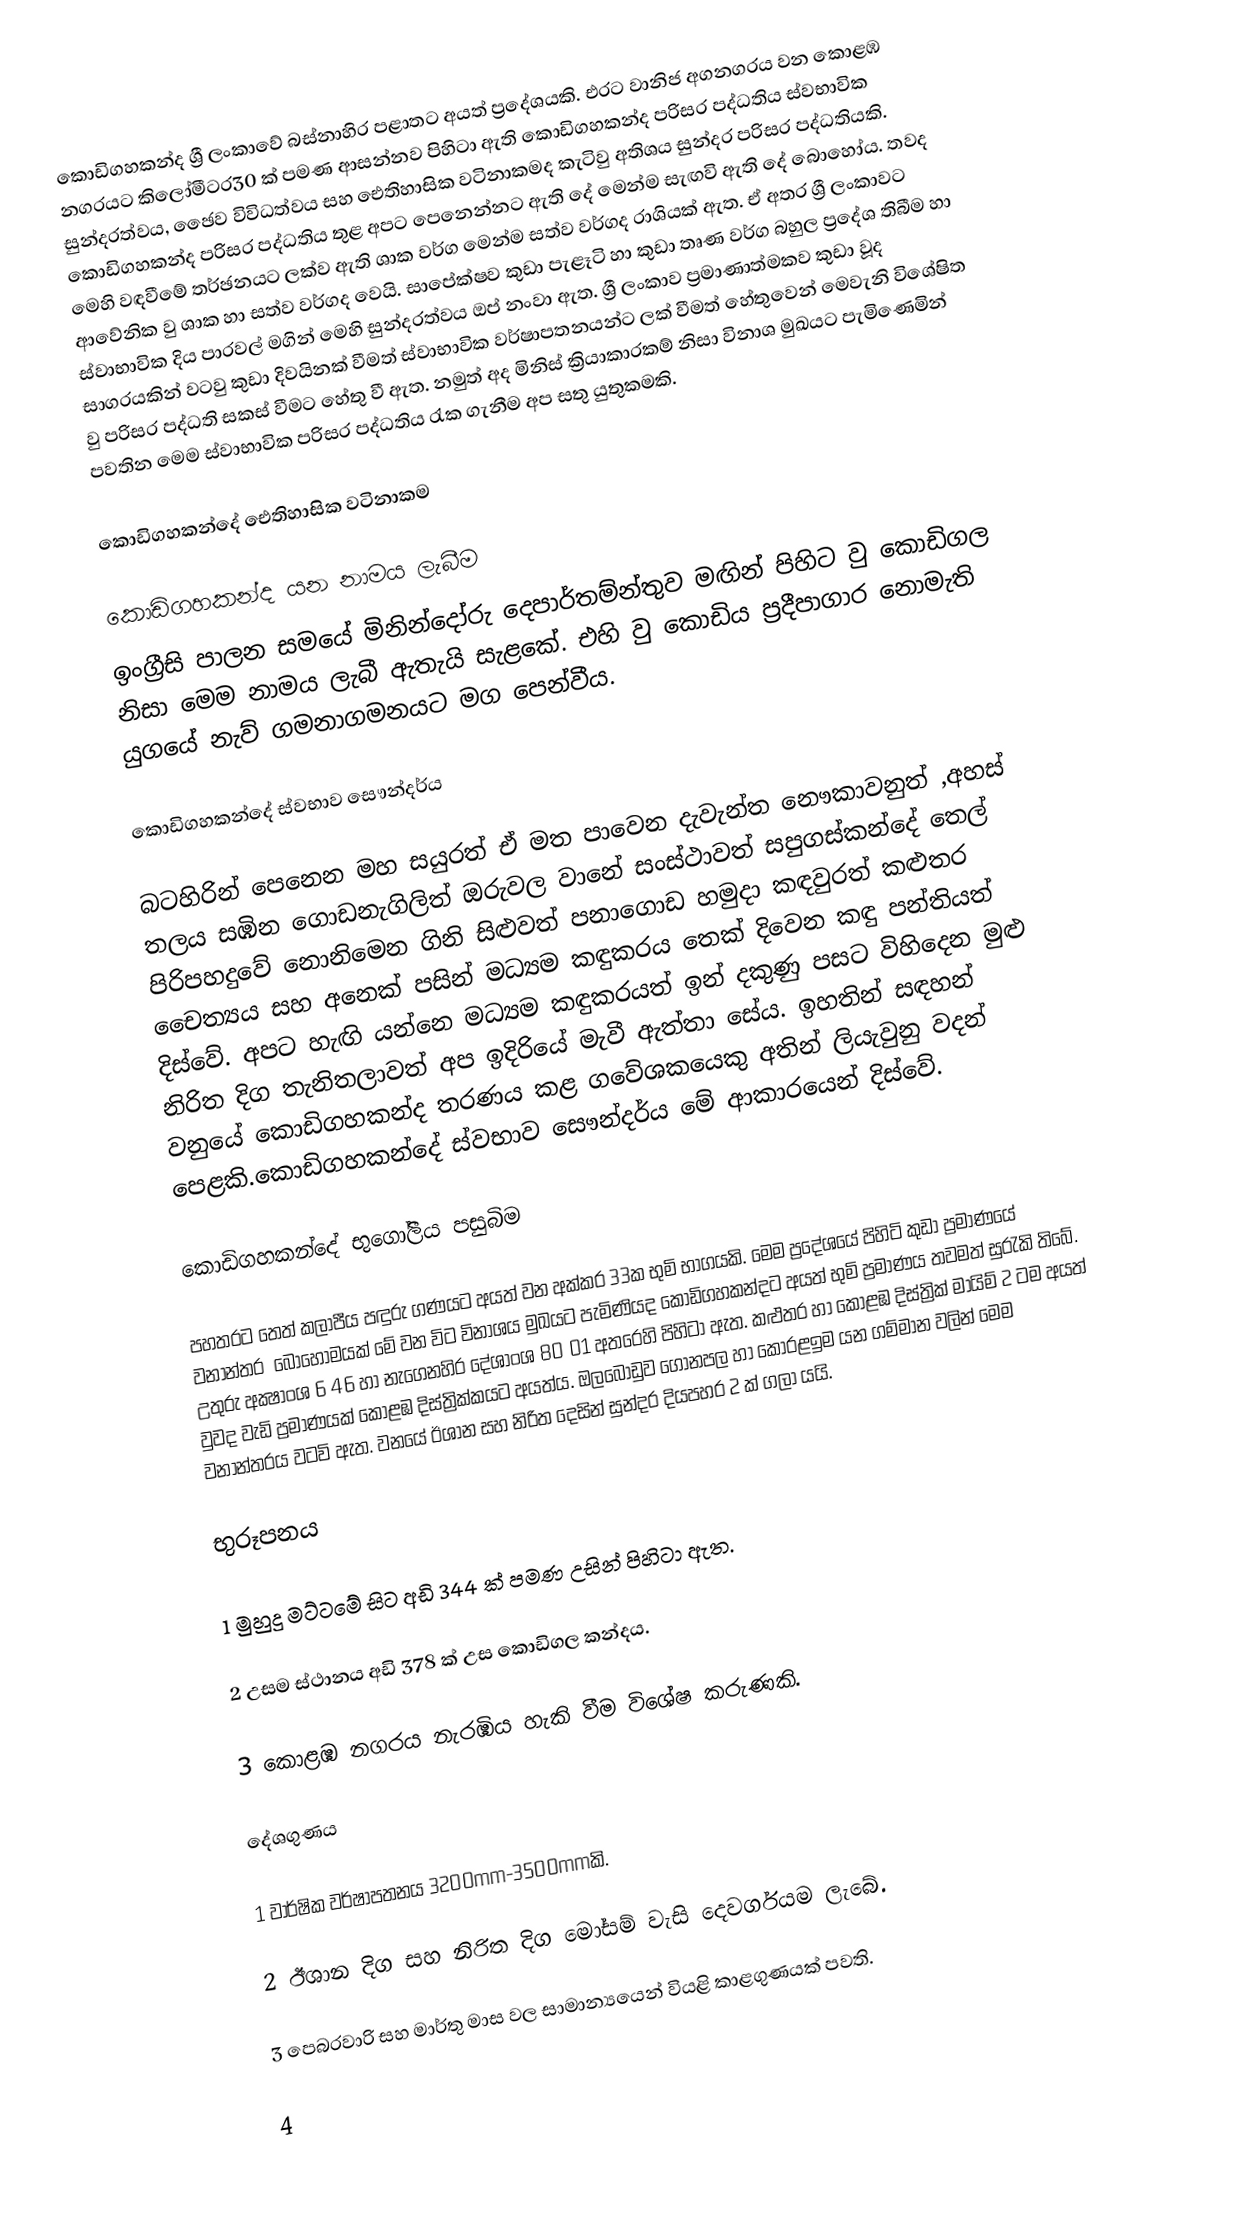
කොඩිගහකන්ද ශ්‍රී ලංකාවේ බස්නාහිර පළාතට අයත් ප්‍රදේශයකි. එරට වානිජ අගනගරය වන කොළඹ නගරයට කිලෝමීටර30 ක් පමණ ආසන්නව පිහිටා ඇති කොඩිගහකන්ද පරිසර පද්ධතිය ස්වභාවික සුන්දරත්වය, ඡෛව විවිධත්වය සහ ‍ඓතිහාසික  වටිනාකමද කැටිවු අතිශය සුන්දර පරිසර පද්ධතියකි. කොඩිගහකන්ද පරිසර පද්ධතිය තුළ අපට පෙනෙන්නට ඇති දේ මෙන්ම සැඟවි ඇති දේ  බොහෝය. තවද මෙහි වඳවීමේ  තර්ඡනයට ලක්ව ඇති ශාක වර්ග මෙන්ම සත්ව වර්ගද රාශියක් ඇත. ඒ අතර ශ්‍රී ලංකාවට ආවේනික වු  ශාක හා සත්ව වර්ගද වෙයි. සාපේක්ෂව කුඩා පැළෑටි ‍හා කුඩා තෘණ වර්ග බහුල ප්‍රදේශ තිබීම හා ස්වාභාවික  දිය පාරවල් මගින් මෙහි සුන්දරත්වය ඔප් නංවා ඇත. ශ්‍රී ලංකාව ප්‍රමාණාත්මකව  කුඩා වූද සාගරයකින් වටවු කුඩා දිවයිනක් වීමත් ස්වාභාවික වර්ෂාපතනයන්ට  ලක් වීමත් හේතුවෙන් මෙවැනි විශේෂිත වු පරිසර පද්ධති  සකස් වීමට හේතු වී ඇත. නමුත් අද මිනිස් ක්‍රියාකාරකම් නිසා විනාශ මුඛයට පැමිණෙමින් පවතින  මෙම ස්වාභාවික පරිසර පද්ධතිය රැක ගැනීම අප සතු යුතුකමකි.

කොඩිගහකන්දේ ඓතිහාසික  වටිනාකම

කොඩිගහකන්ද යන නාමය ලැබීම
ඉංග්‍රීසි පාලන සමයේ මිනින්දෝරු  දෙපාර්තම්න්තුව මඟින් පිහිට වු  කොඩිගල නිසා මෙම නාමය ලැබී ඇතැයි සැළකේ. එහි වු කොඩිය ප්‍රදීපාගාර නොමැති යුගයේ නැව් ගමනාගමනයට මග පෙන්වීය.

කොඩිගහකන්දේ ස්වභාව  සෞන්දර්ය

බටහිරින් පෙනෙන මහ සයුරත් ඒ මත පාවෙන දැවැන්ත නෞකාවනුත් ,අහස් තලය  සඹින ගොඩනැගිලිත් ඔරුවල වානේ සංස්ථාවත් සපුගස්කන්දේ තෙල් පිරිපහදුවේ නොනිමෙන ගිනි සිළුවත් පනාගොඩ හමුදා කඳවුරත් කළුතර  චෛත්‍යය සහ අනෙක් පසින් මධ්‍යම කඳුකරය තෙක් දිවෙන කඳු පන්තියත් දිස්වේ. අපට හැඟි යන්නෙ මධ්‍යම කඳුකරයත් ඉන් දකුණු පසට විහිදෙන මුළු නිරිත දිග තැනිතලාවත් අප ඉදිරියේ මැවී ඇත්තා සේය. ඉහතින් සඳහන් වනුයේ කොඩිගහකන්ද තරණය කළ ගවේශකයෙකු අතින් ලියැවුනු වදන් පෙළකි.කොඩිගහකන්දේ ස්වභාව සෞන්දර්ය මේ ආකාරයෙන් දිස්වේ.

කොඩිගහකන්දේ භුගෝලීය පසුබිම

පහතරට තෙත් කලාපීය පඳුරු ගණයට අයත් වන අක්කර 33ක භුමි භාගයකි. මෙම ප්‍රදේශයේ පිහිටි කුඩා ප්‍රමාණයේ වනාන්තර ‍‍ බොහෝමයක් මේ වන විට විනාශය මුඛයට පැමිණියද  කොඩිගහකන්දට අයත් භුමි ප්‍රමාණය තවමත් සුරැකි ති‍බේ. උතුරු අක්‍ෂාංශ 6 46 හා නැගෙනහිර  දේශාංශ 80  01 අතරෙහි පිහිටා ඇත. කළුතර හා කොළඹ දිස්ත්‍රික් මායිම් 2 ටම අයත් වුවද වැඩි ප්‍රමාණයක් කොළඹ දිස්ත්‍රික්කයට අයත්ය. ඔල‍බොඩුව  ගෝනපල හා කෝරළඉම යන ගම්මාන වලින් මෙ‍ම වනාන්තරය වටවි ඇත. වනයේ ඊශාන සහ නිරිත දෙසින් සුන්දර දියපහර 2 ක් ගලා යයි.

භුරූපනය

1 මුහුදු මට්ටමේ සිට අඩි 344 ක් පමණ උසින් පිහිටා ඇත.

2 උසම ස්ථානය අඩි 378 ක් උස කොඩිගල කන්දය.

3 කොළඹ නගරය නැරඹිය හැකි වීම විශේෂ කරුණකි.

දේශගුණය

1 වාර්ෂික  වර්ෂාපතනය 3200mm-3500mmකි.

2 ඊශාන දිග සහ නිරිත දිග මෝසම් වැසි දෙවර්ගයම ලැබේ.

3 පෙබරවාරි සහ මාර්තු මාස වල සාමාන්‍යයෙන් වියළි කාළගුණයක් පවති.

4